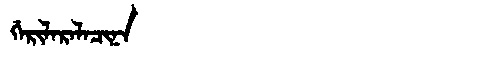
Manchu: ᡤᡝᡵᡳᠯᠠᡵᠠᠯᠠᠴᡳᠨᠠ
Romanization: GERILARALACINA